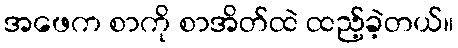
အဖေက စာကို စာအိတ်ထဲ ထည့်ခဲ့တယ်။